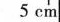
5cn